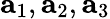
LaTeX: {\mathbf a}_{1},{\mathbf a}_{2},{\mathbf a}_{3}